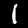
Digit: 1